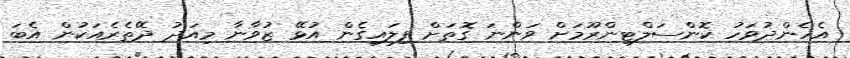
އެހެންދުވަހު ކޮންސަލްޓިންރޫމަށް ވަންނަ ގޮތަށް ފިލައިގެން އުޅޭ ޒުވާނާ މިއަދު ދޭތެރެއަކުން އެބަ